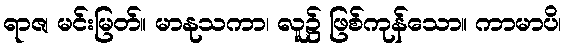
ရာဇ၊ မင်းမြတ်။ မာနုသကာ၊ လူ၌ ဖြစ်ကုန်သော။ ကာမာပိ၊